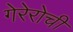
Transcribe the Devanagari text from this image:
गेरेरोची